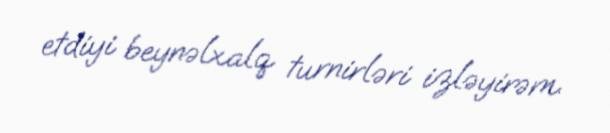
etdiyi beynəlxalq turnirləri izləyirəm.